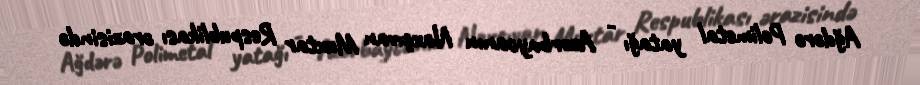
Ağdərə Polimetal yatağı - Azərbaycanın Naxçıvan Muxtar Respublikası ərazisində